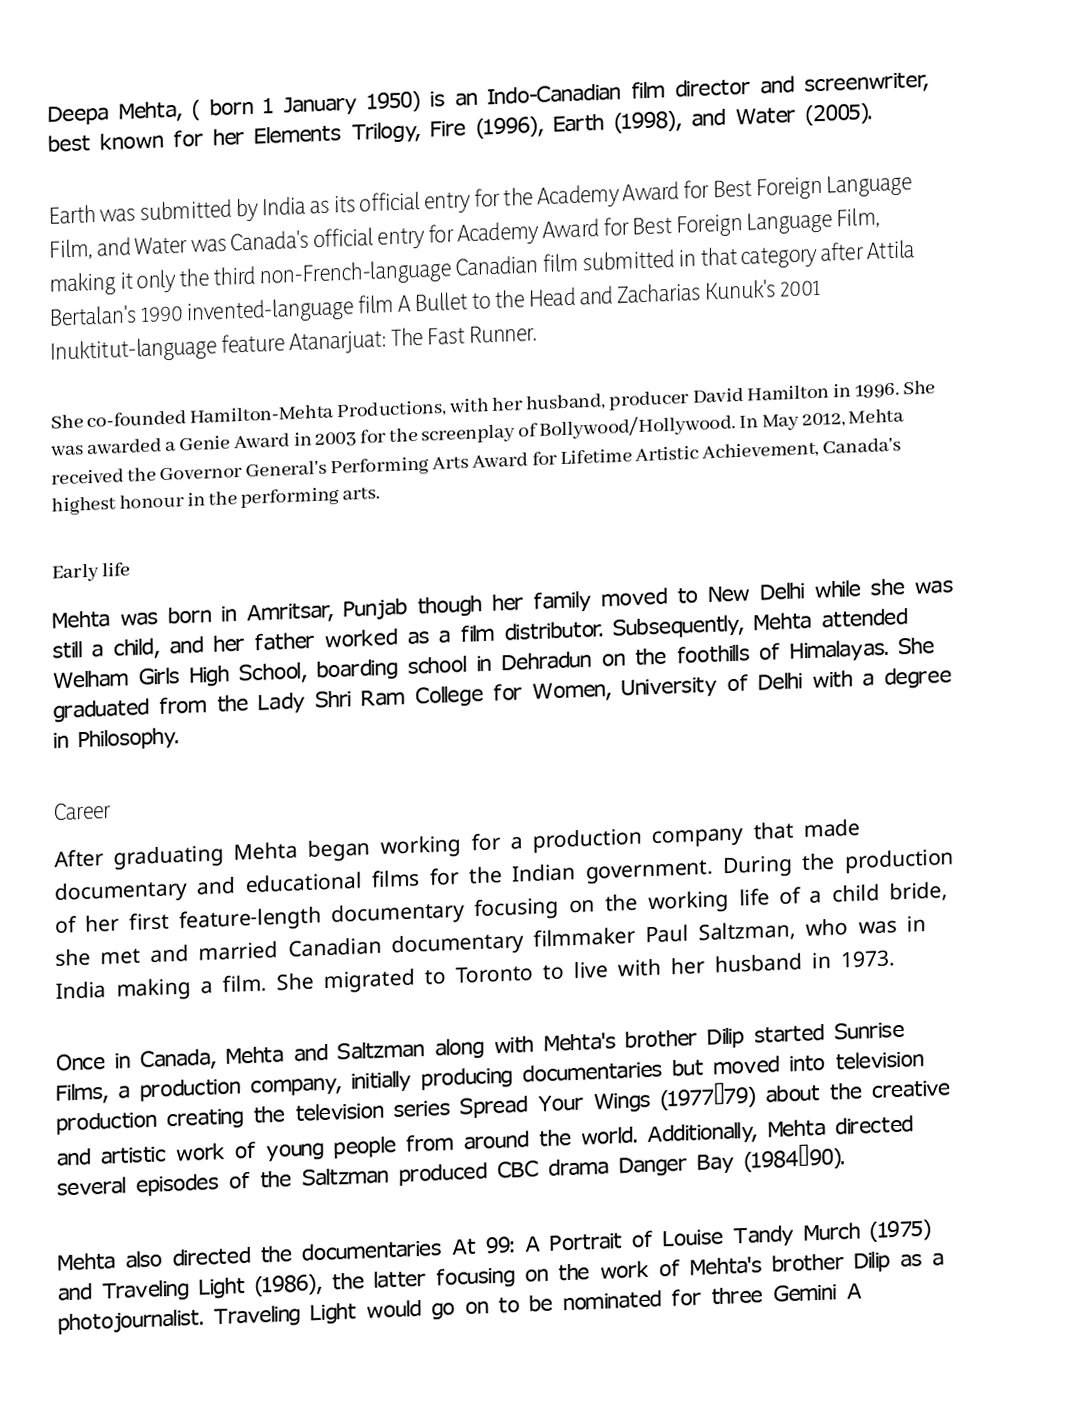
Deepa Mehta,  ( born 1 January 1950) is an Indo-Canadian film director and screenwriter, best known for her Elements Trilogy, Fire (1996), Earth (1998), and Water (2005).

Earth was submitted by India as its official entry for the Academy Award for Best Foreign Language Film, and Water was Canada's official entry for Academy Award for Best Foreign Language Film, making it only the third non-French-language Canadian film submitted in that category after Attila Bertalan's 1990 invented-language film A Bullet to the Head and Zacharias Kunuk's 2001 Inuktitut-language feature Atanarjuat: The Fast Runner.

She co-founded Hamilton-Mehta Productions, with her husband, producer David Hamilton in 1996. She was awarded a Genie Award in 2003 for the screenplay of Bollywood/Hollywood. In May 2012, Mehta received the Governor General's Performing Arts Award for Lifetime Artistic Achievement, Canada's highest honour in the performing arts.

Early life
Mehta was born in Amritsar, Punjab though her family moved to New Delhi while she was still a child, and her father worked as a film distributor. Subsequently, Mehta attended Welham Girls High School, boarding school in Dehradun on the foothills of Himalayas. She graduated from the Lady Shri Ram College for Women, University of Delhi with a degree in Philosophy.

Career
After graduating Mehta began working for a production company that made documentary and educational films for the Indian government. During the production of her first feature-length documentary focusing on the working life of a child bride, she met and married Canadian documentary filmmaker Paul Saltzman, who was in India making a film. She migrated to Toronto to live with her husband in 1973.

Once in Canada, Mehta and Saltzman along with Mehta's brother Dilip started Sunrise Films, a production company, initially producing documentaries but moved into television production creating the television series Spread Your Wings (1977–79) about the creative and artistic work of young people from around the world. Additionally, Mehta directed several episodes of the Saltzman produced CBC drama Danger Bay (1984–90).

Mehta also directed the documentaries At 99: A Portrait of Louise Tandy Murch (1975) and Traveling Light (1986), the latter focusing on the work of Mehta's brother Dilip as a photojournalist. Traveling Light would go on to be nominated for three Gemini A